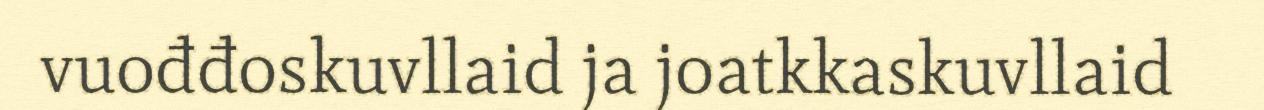
vuođđoskuvllaid ja joatkkaskuvllaid